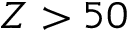
Z > 5 0